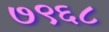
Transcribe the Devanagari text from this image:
७९६८